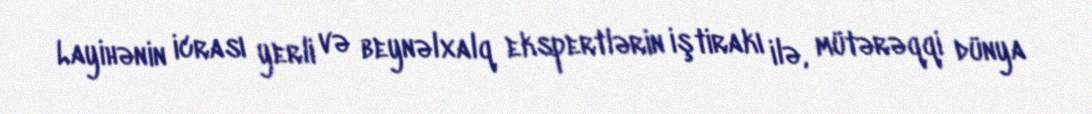
Layihənin icrası yerli və beynəlxalq ekspertlərin iştirakı ilə, mütərəqqi dünya